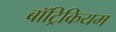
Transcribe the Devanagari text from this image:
बॉट्रिकियम